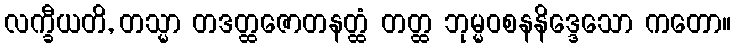
လက္ခီယတိ, တသ္မာ တဒတ္ထဇောတနတ္ထံ တတ္ထ ဘုမ္မဝစနနိဒ္ဒေသော ကတော။